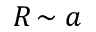
R \! \sim a